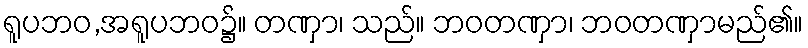
ရူပဘဝ,အရူပဘဝ၌။ တဏှာ၊ သည်။ ဘဝတဏှာ၊ ဘဝတဏှာမည်၏။